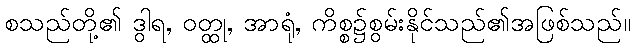
စသည်တို့၏ ဒွါရ, ဝတ္ထု, အာရုံ, ကိစ္စ၌စွမ်းနိုင်သည်၏အဖြစ်သည်။